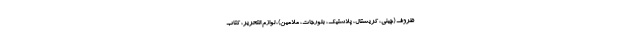
ظروف (چینی، کریستال، پلاستیک، بلورجات، ملامین)، لوازم التحریر، کتاب